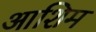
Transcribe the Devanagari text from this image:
आशिम